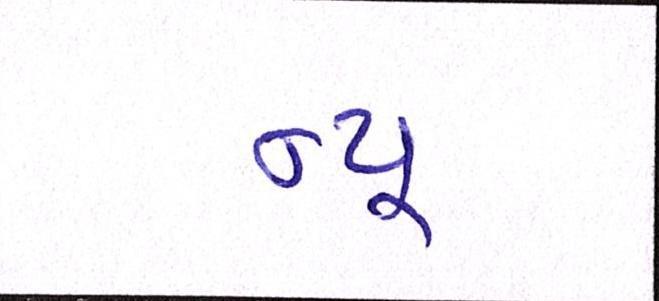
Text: ન્યૂ